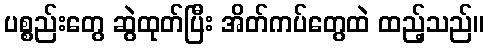
ပစ္စည်းတွေ ဆွဲထုတ်ပြီး အိတ်ကပ်တွေထဲ ထည့်သည်။